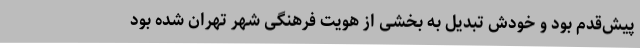
پیش‌قدم بود و خودش تبدیل به بخشی از هویت فرهنگی شهر تهران شده بود